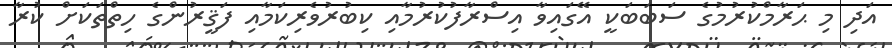
އަދި މި ޙަރާމްކުރުމުގެ ސަބަބަކީ އޭގައިވާ އިސްރާފުކުރުމާއި ކިބުރުވެރިކަމާއި ފަޤީރުންގެ ހިތްތަކަށް ކުރާ